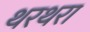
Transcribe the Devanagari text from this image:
थरथरा